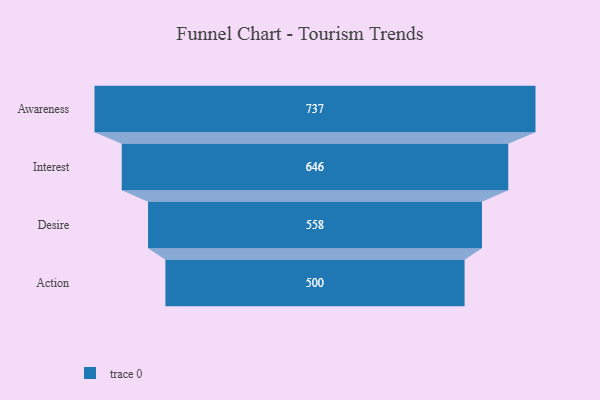
{"axis": {"x": "Stage", "y": "Value"}, "legend": [""], "data": [{"x": "Awareness", "y": 737.0, "type": ""}, {"x": "Interest", "y": 646.0, "type": ""}, {"x": "Desire", "y": 558.0, "type": ""}, {"x": "Action", "y": 500, "type": ""}]}